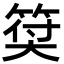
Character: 𥮯